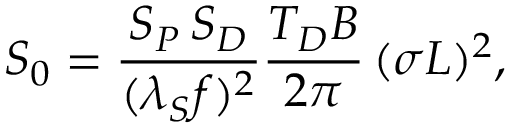
S _ { 0 } = \frac { S _ { P } \, S _ { D } } { ( \lambda _ { S } f ) ^ { 2 } } \frac { T _ { D } B } { 2 \pi } \, ( \sigma L ) ^ { 2 } ,